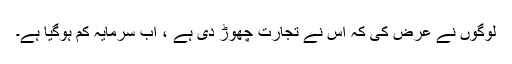
لوگوں نے عرض کی کہ اس نے تجارت چھوڑ دی ہے ، اب سرمایہ کم ہوگیا ہے۔